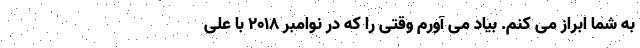
به شما ابراز می کنم. بیاد می آورم وقتی را که در نوامبر ۲۰۱۸ با علی